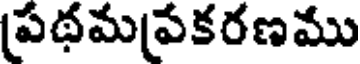
పథమవకరణము